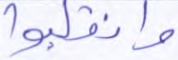
وانقلبوا